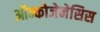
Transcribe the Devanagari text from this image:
ऑन्कोजेनेसिस